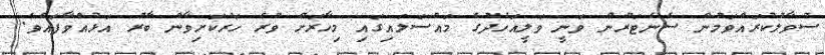
ސުވާލުކުރައްވަމުން ސެނެޓަރުން ވަނީ ވަލީއަހުދުގެ މައްސަލައިގައި މިހާރަށް ވުރެ ހަރުކަށިވާން ބާރު އަޅުއްވާފައެވެ.